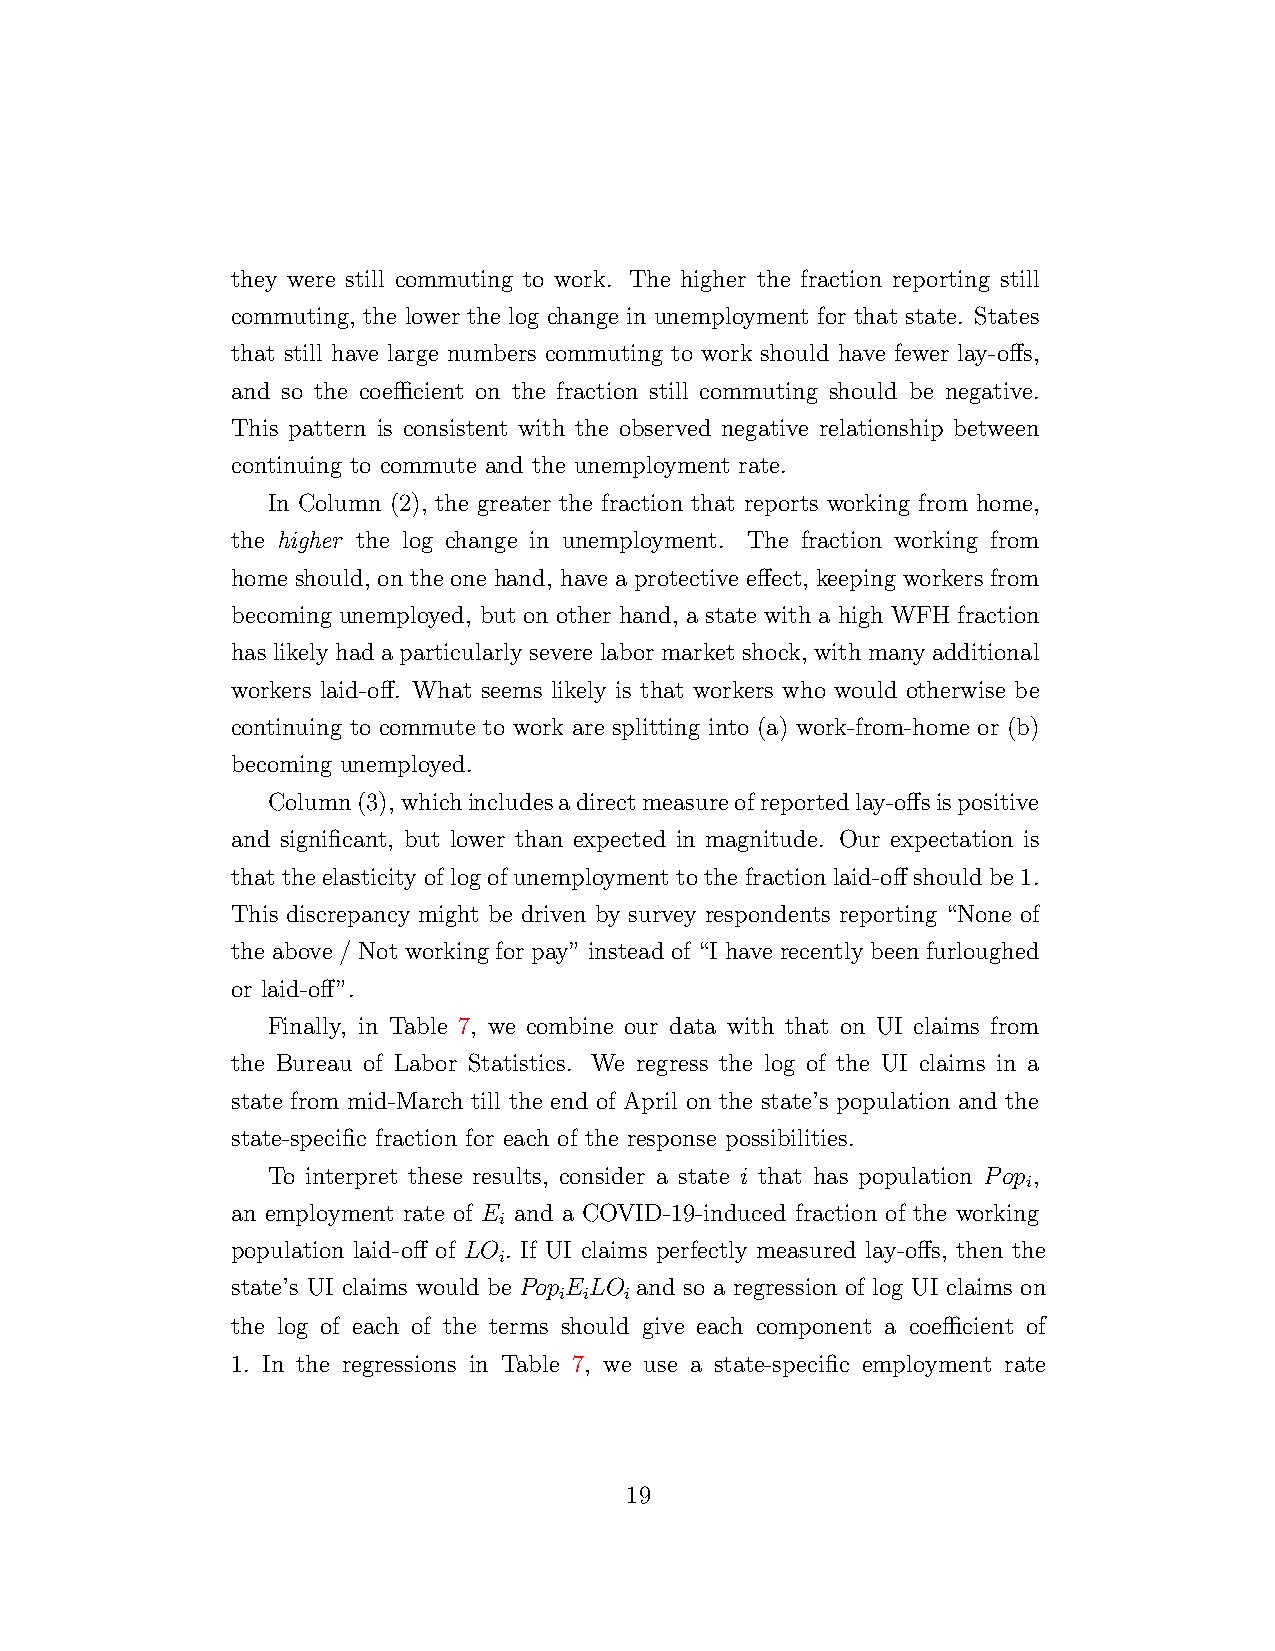
they were still commuting to work. The higher the fraction reporting still
 commuting, the lower the log change in unemployment for that state. States
 that still have large numbers commuting to work should have fewer lay-offs,
 and so the coefficient on the fraction still commuting should be negative.
 This pattern is consistent with the observed negative relationship between
 continuing to commute and the unemployment rate.
 In Column (2), the greater the fraction that reports working from home,
 the higher the log change in unemployment. The fraction working from
 home should, on the one hand, have a protective effect, keeping workers from
 becoming unemployed, but on other hand, a state with a high WFH fraction
 has likely had a particularly severe labor market shock, with many additional
 workers laid-off. What seems likely is that workers who would otherwise be
 continuing to commute to work are splitting into (a) work-from-home or (b)
 becoming unemployed.
 Column (3), which includes a direct measure of reported lay-offs is positive
 and significant, but lower than expected in magnitude. Our expectation is
 that the elasticity of log of unemployment to the fraction laid-off should be 1.
 This discrepancy might be driven by survey respondents reporting “None of
 the above / Not working for pay” instead of “I have recently been furloughed
 or laid-off”.
 Finally, in Table 7, we combine our data with that on UI claims from
 the Bureau of Labor Statistics. We regress the log of the UI claims in a
 state from mid-March till the end of April on the state’s population and the
 state-specific fraction for each of the response possibilities.
 To interpret these results, consider a state i that has population P op ,
 i
 an employment rate of E and a COVID-19-induced fraction of the working
 i
 population laid-off of LO. If UI claims perfectly measured lay-offs, then the
 i
 state’s UI claims would be PopELO and so a regression of log UI claims on
 i i i
 the log of each of the terms should give each component a coefficient of
 1. In the regressions in Table 7, we use a state-specific employment rate
 19